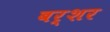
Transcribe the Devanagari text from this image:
बर्शर